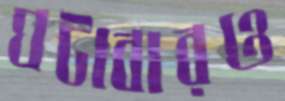
ঘটাবারও